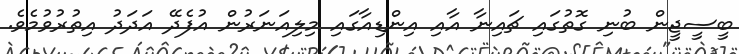
ބީސީޖީން ބުނި ގޮތުގައި ޗައިނާ އާއި އިންޑިއާގައި މިލިއަނަރުން އުފެދޭ އަދަދު އިތުރުވުމެވެ.